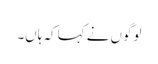
لوگوں نے کہا کہ ہاں۔